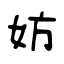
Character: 妨